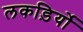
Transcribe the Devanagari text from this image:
लकड़िर्यो